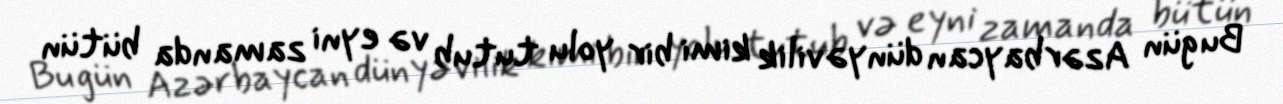
Bu gün Azərbaycan dünyəvilik kimi bir yolu tutub və eyni zamanda bütün